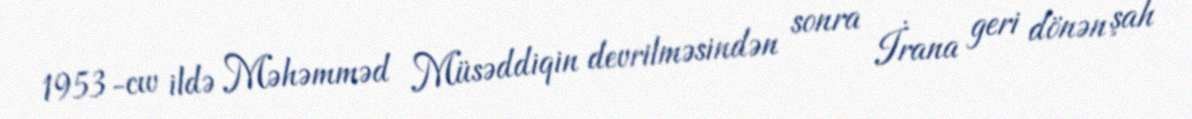
1953-cw ildə Məhəmməd Müsəddiqin devrilməsindən sonra İrana geri dönən şah